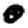
Digit: 0